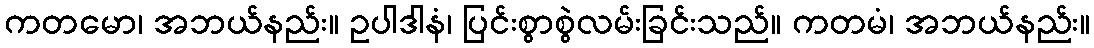
ကတမော၊ အဘယ်နည်း။ ဥပါဒါနံ၊ ပြင်းစွာစွဲလမ်းခြင်းသည်။ ကတမံ၊ အဘယ်နည်း။